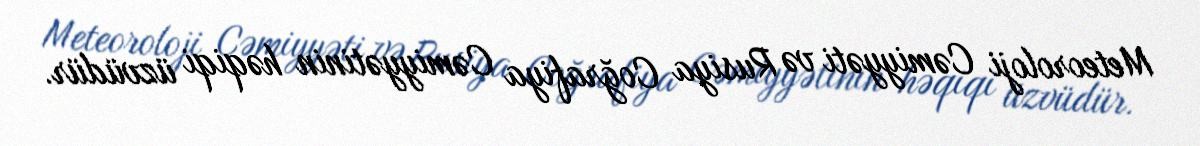
Meteoroloji Cəmiyyəti və Rusiya Coğrafiya Cəmiyyətinin həqiqi üzvüdür.